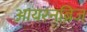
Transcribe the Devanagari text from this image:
आयरनब्रिज